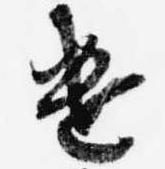
遣